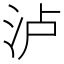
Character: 泸